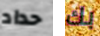
حداد بك